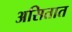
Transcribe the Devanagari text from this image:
असितात